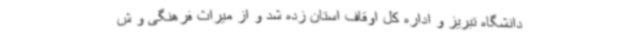
دانشگاه تبریز و اداره کل اوقاف استان زده شد و از میراث فرهنگی و ش